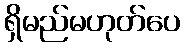
ရှိမည်မဟုတ်ပေ